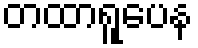
တထာရူပေန